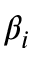
\beta _ { i }